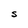
Character: S